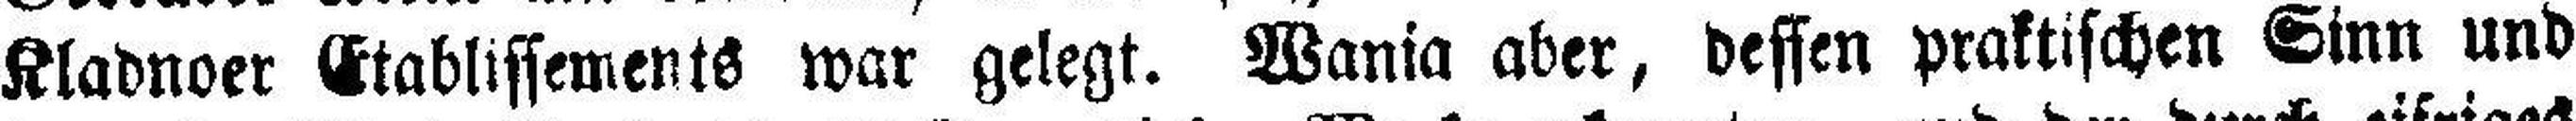
Kladnoer Etablissements war gelegt. Wania aber, dessen praktischen Sinn und